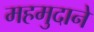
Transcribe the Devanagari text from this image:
महमुदाने